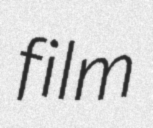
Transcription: film